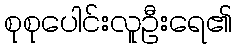
စုစုပေါင်းလူဦးရေ၏